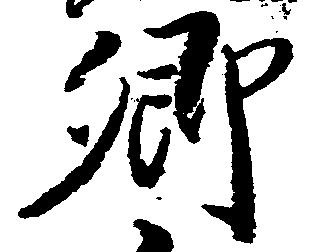
郷